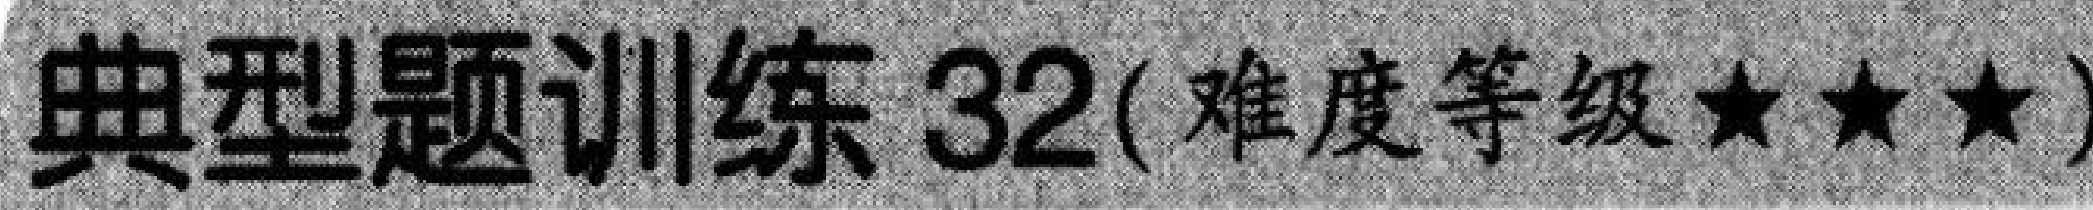
典型题训练 32(难度等级★★★)